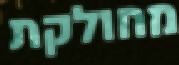
מחולקת